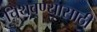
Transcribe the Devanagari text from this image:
चिथवण्यासाठी